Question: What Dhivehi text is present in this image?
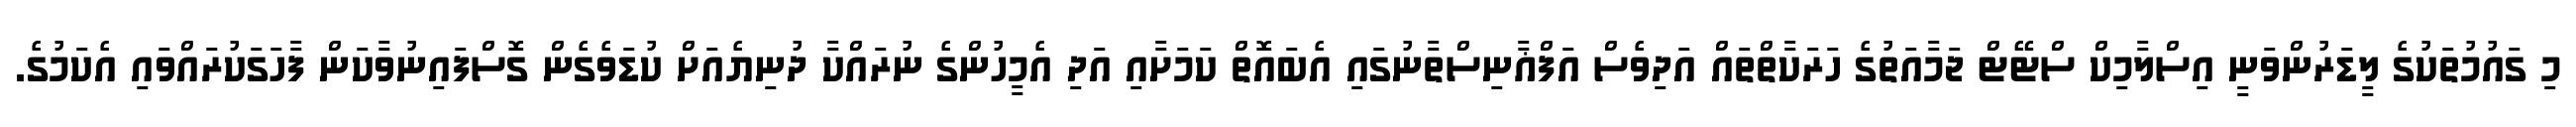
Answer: މި ގައުމުތަކުގެ ލީޑަރުންވަނީ އިސްލާމިކް ސްޓޭޓް ޖަމާއަތުގެ ހަރަކާތްތައް އަދިވެސް އަފްޣާނިސްތާނުގައި އެބައޮތް ކަމަށާއި އަދި އެމީހުންގެ ނުރައްކާ ދުނިޔެއަށް ކުޑަވެގެން ގޮސްފައިނުވާކަން ފާހަގަކުރައްވައި އެކަމުގެ.